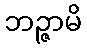
ဘဉ္ဇာမိ